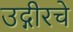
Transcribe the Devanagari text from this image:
उद्गीरचे